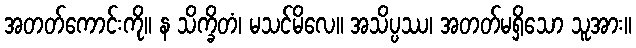
အတတ်ကောင်းကို။ န သိက္ခိတံ၊ မသင်မိလေ။ အသိပ္ပဿ၊ အတတ်မရှိသော သူအား။